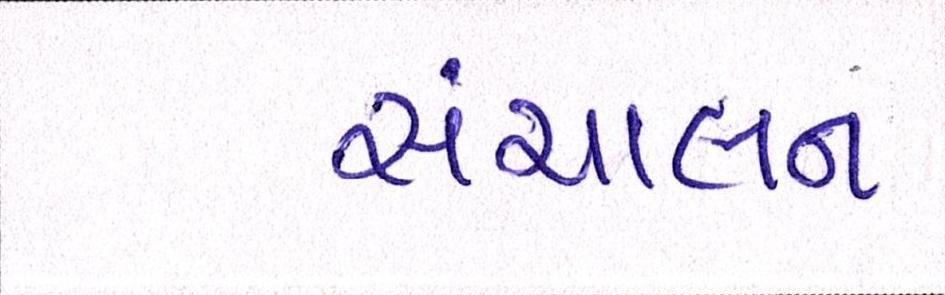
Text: સંચાલન